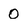
Character: O